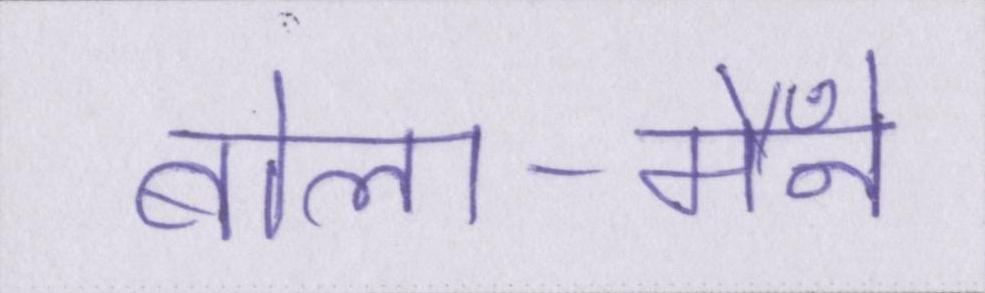
बोला-मैँने